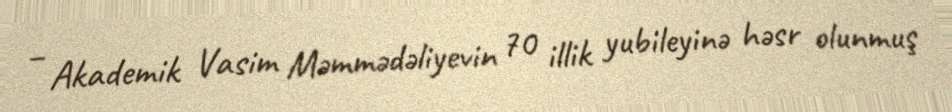
– Akademik Vasim Məmmədəliyevin 70 illik yubileyinə həsr olunmuş